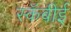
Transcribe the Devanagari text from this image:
स्कॅबीई